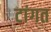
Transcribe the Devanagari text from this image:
टांगत